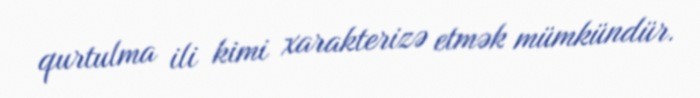
qurtulma ili kimi xarakterizə etmək mümkündür.